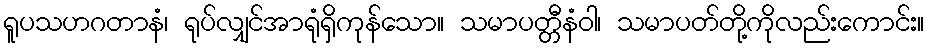
ရူပသဟဂတာနံ၊ ရုပ်လျှင်အာရုံရှိကုန်သော။ သမာပတ္တီနံဝါ၊ သမာပတ်တို့ကိုလည်းကောင်း။